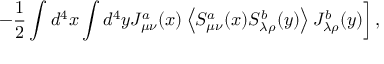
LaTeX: \left. - \frac 1 2 \int d ^ { 4 } x \int d ^ { 4 } y J _ { \mu \nu } ^ { a } ( x ) \left< S _ { \mu \nu } ^ { a } ( x ) S _ { \lambda \rho } ^ { b } ( y ) \right> J _ { \lambda \rho } ^ { b } ( y ) \right] ,